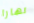
نهارا